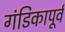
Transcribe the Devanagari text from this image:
गंडिकापूर्व